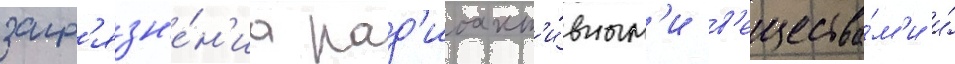
загр'язн'е́н'иа рад'иоакт'и́вным'и в'ещества́м'и и́